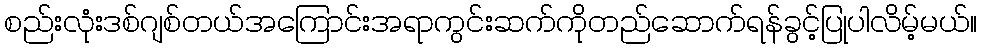
စည်းလုံးဒစ်ဂျစ်တယ်အကြောင်းအရာကွင်းဆက်ကိုတည်ဆောက်ရန်ခွင့်ပြုပါလိမ့်မယ်။